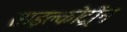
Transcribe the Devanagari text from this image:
साइक्लोट्रोंन